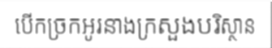
បើកច្រកអូរនាងក្រសួងបរិស្ថាន